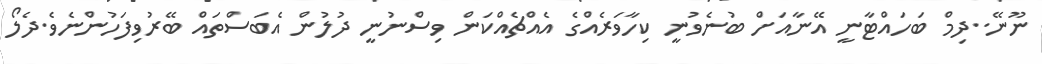
ނޫނޭ..ދިމް ބަހައްޓާނީ އޭނާއަށް ބުނެވުނީ ކިހާވަރެއްގެ އެއްޗެއްކަން ވިސްނުނީ ދުލުން އެބަސްތައް ބޭރުވިފަހުންނެވެ.ދެލޯ